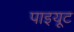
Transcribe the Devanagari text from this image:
पाइयूट